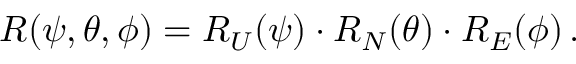
R ( \psi , \theta , \phi ) = R _ { U } ( \psi ) \cdot R _ { N } ( \theta ) \cdot R _ { E } ( \phi ) \, .